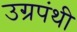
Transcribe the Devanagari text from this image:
उग्रपंथी